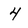
Character: 4